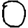
Digit: 0